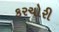
કરચોરી